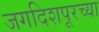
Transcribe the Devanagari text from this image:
जगदिशपूरच्या